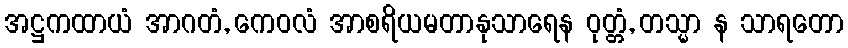
အဋ္ဌကထာယံ အာဂတံ, ကေဝလံ အာစရိယမတာနုသာရေန ဝုတ္တံ, တသ္မာ န သာရတော